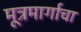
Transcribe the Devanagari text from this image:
मूत्रमार्गाचा